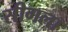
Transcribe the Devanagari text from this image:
सीगला